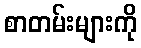
စာတမ်းများကို